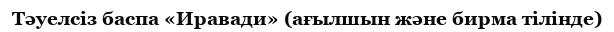
Тәуелсіз баспа «Иравади» (ағылшын және бирма тілінде)